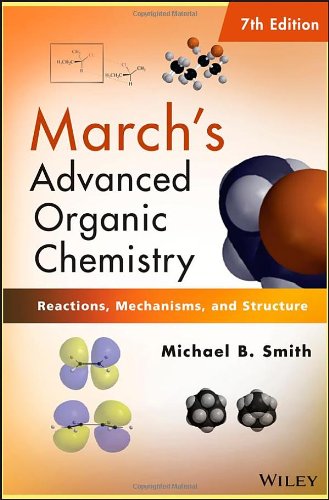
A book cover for March's Advanced Organic Chemistry: Reactions, Mechanisms, and Structure; Michael B. Smith; Science & Math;